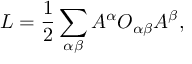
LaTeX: { \cal L } = \frac { 1 } { 2 } \sum _ { \alpha \beta } { \cal A } ^ { \alpha } { \cal O } _ { \alpha \beta } { \cal A } ^ { \beta } ,